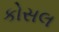
કોસલ